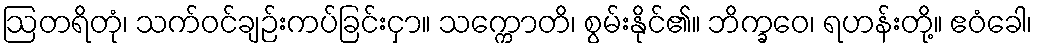
ဩတရိတုံ၊ သက်ဝင်ချဉ်းကပ်ခြင်းငှာ။ သက္ကောတိ၊ စွမ်းနိုင်၏။ ဘိက္ခဝေ၊ ရဟန်းတို့။ ဧဝံခေါ၊